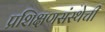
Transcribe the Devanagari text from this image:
प्रशिक्षणसंस्थेची